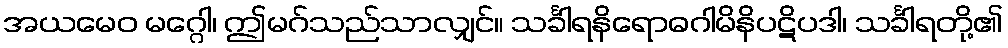
အယမေဝ မဂ္ဂေါ၊ ဤမဂ်သည်သာလျှင်။ သင်္ခါရနိရောဓဂါမိနိပဋိပဒါ၊ သင်္ခါရတို့၏